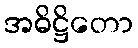
အဓိဋ္ဌိတော